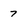
Character: 7